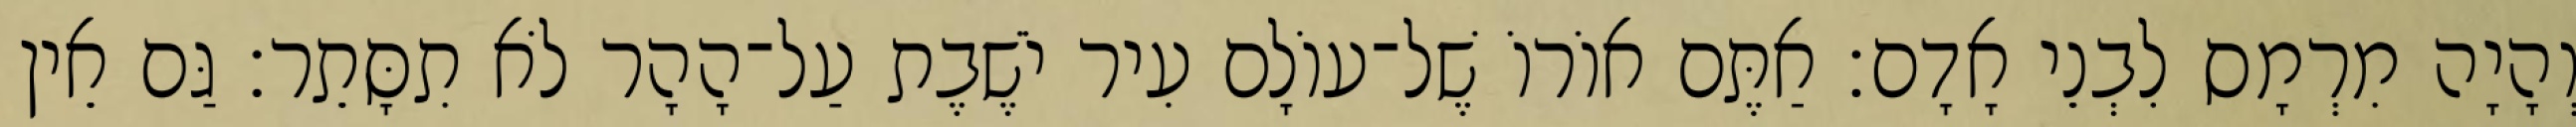
וְהָיָה מִרְמָס לִבְנֵי אָדָם׃ אַתֶּם אוֹרוֹ שֶׁל־עוֹלָם עִיר יֹשֶׁבֶת עַל־הָהָר לֹא תִסָּתֵר׃ גַּם אֵין